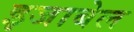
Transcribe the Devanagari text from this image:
इजाबेल